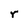
Character: r